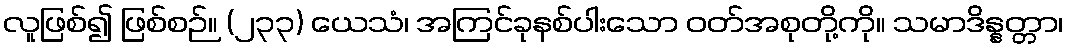
လူဖြစ်၍ ဖြစ်စဉ်။ (၂၃၃) ယေသံ၊ အကြင်ခုနစ်ပါးသော ဝတ်အစုတို့ကို။ သမာဒိန္နတ္တာ၊